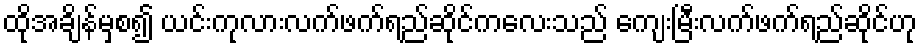
ထိုအချိန်မှစ၍ ယင်းကုလားလက်ဖက်ရည်ဆိုင်ကလေးသည် ကျေးမြီးလက်ဖက်ရည်ဆိုင်ဟု